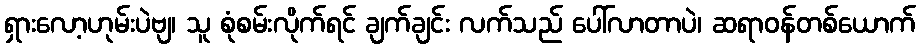
ရှားလော့ဟုမ်းပဲဗျ၊ သူ စုံစမ်းလိုက်ရင် ချက်ချင်း လက်သည် ပေါ်လာတာပဲ၊ ဆရာဝန်တစ်ယောက်